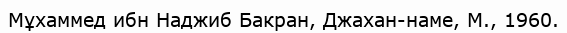
Мұхаммед ибн Наджиб Бакран, Джахан-наме, М., 1960.